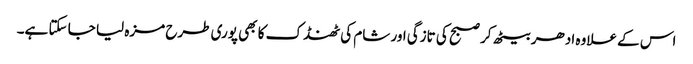
اس کے علاوہ ادھر بیٹھ کر صبح کی تازگی اور شام کی ٹھنڈک کا بھی پوری طرح مزہ لیا جا سکتا ہے۔